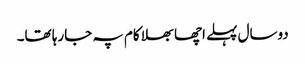
دوسال پہلے اچھا بھلا کام پہ جارہا تھا۔